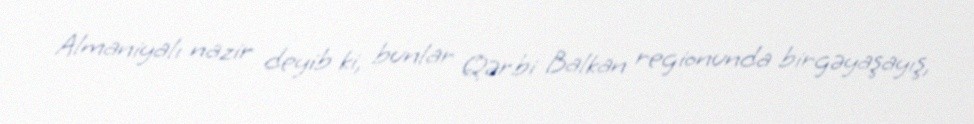
Almaniyalı nazir deyib ki, bunlar Qərbi Balkan regionunda birgəyaşayış,